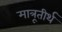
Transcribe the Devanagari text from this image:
मात्रूतीर्थ